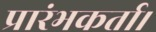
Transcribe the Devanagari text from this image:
प्रारंभकर्ता।